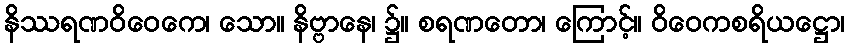
နိဿရဏဝိဝေကေ၊ သော။ နိဗ္ဗာနေ၊ ၌။ စရဏတော၊ ကြောင့်။ ဝိဝေကစရိယဋ္ဌော၊